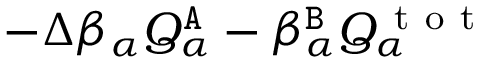
- \Delta \beta _ { \alpha } Q _ { \alpha } ^ { \tt A } - \beta _ { \alpha } ^ { \tt B } Q _ { \alpha } ^ { \mathrm { ~ t ~ o ~ t ~ } }